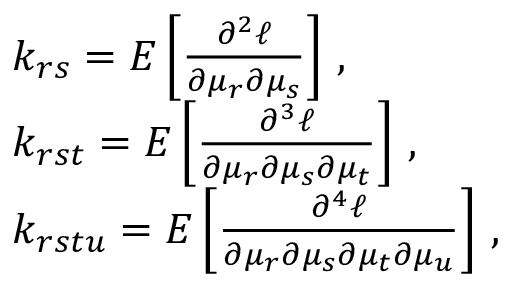
\begin{array} { r l } & { k _ { r s } = E \left[ \frac { \partial ^ { 2 } \ell } { \partial \mu _ { r } \partial \mu _ { s } } \right] \, , } \\ & { k _ { r s t } = E \left[ \frac { \partial ^ { 3 } \ell } { \partial \mu _ { r } \partial \mu _ { s } \partial \mu _ { t } } \right] \, , } \\ & { k _ { r s t u } = E \left[ \frac { \partial ^ { 4 } \ell } { \partial \mu _ { r } \partial \mu _ { s } \partial \mu _ { t } \partial \mu _ { u } } \right] \, , } \end{array}